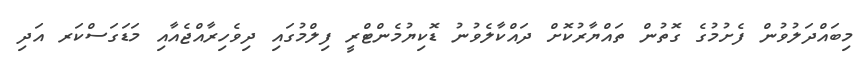
މިބައްދަލުވުން ފެށުމުގެ ގޮތުން ތައްޔާރުކޮށް ދައްކާލެވުނު ޑޮކިޔުމެންޓްރީ ފިލްމުގައި ދިވެހިރާއްޖެއާއި މަޑަގަސްކަރ އަދި